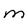
Character: m